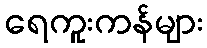
ရေကူးကန်များ